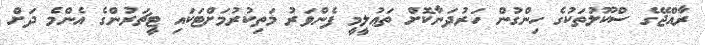
ރާއްޖޭގެ ސްކޫލުތަކުގެ ހިންގުން ހަރުދަނާކޮށް ތަޢުލީމީ ފެންވަރު މަތިކުރުމަށްޓަކައި ޓީޗަރުންގެ އެންމެ ދަށް